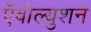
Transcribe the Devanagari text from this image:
ऍवोल्युशन